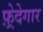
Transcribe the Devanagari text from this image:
फ़्रेदेगार